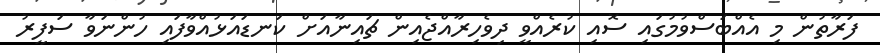
ފަރާތުން މި އެއްބަސްވުމުގައި ސޮއި ކުރެއްވީ ދިވެހިރާއްޖެއިން ޗައިނާއަށް ކަނޑައަޅުއްވާފައި ހުންނަވާ ސަފީރު